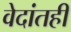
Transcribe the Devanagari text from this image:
वेदांतही